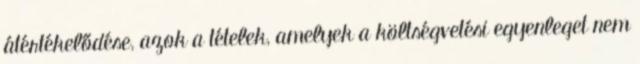
átértékelődése, azok a tételek, amelyek a költségvetési egyenleget nem